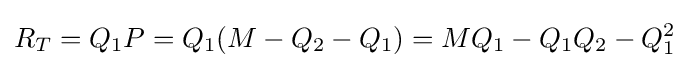
R_{T}=Q_{1}P=Q_{1}(M-Q_{2}-Q_{1})=MQ_{1}-Q_{1}Q_{2}-Q_{1}^{2}